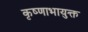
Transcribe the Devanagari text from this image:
कृष्णाभायुक्त